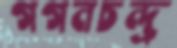
গগনচন্দ্র